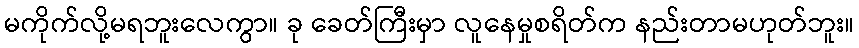
မကိုက်လို့မရဘူးလေကွာ။ ခု ခေတ်ကြီးမှာ လူနေမှုစရိတ်က နည်းတာမဟုတ်ဘူး။